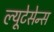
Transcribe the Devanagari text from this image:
ल्यूटेसेन्स